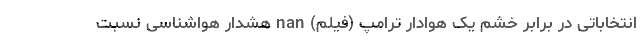
انتخاباتی در برابر خشم یک هوادار ترامپ (فیلم) nan هشدار هواشناسی نسبت